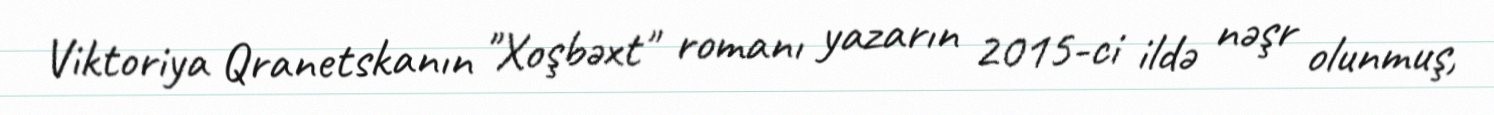
Viktoriya Qranetskanın "Xoşbəxt" romanı yazarın 2015-ci ildə nəşr olunmuş,